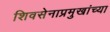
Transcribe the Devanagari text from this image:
शिवसेनाप्रमुखांच्या